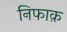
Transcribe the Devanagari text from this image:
निफाक़